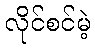
လိုင်စင်မဲ့